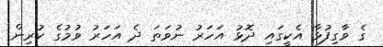
ގެ ވާގިފުޅާ އެކީގައި ދޮޅު އަހަރު ނުވަތަ ދެ އަހަރު ވުމުގެ ކުރިން